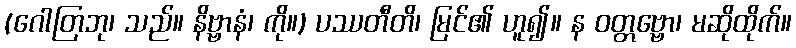
(ဂေါတြဘု၊ သည်။ နိဗ္ဗာနံ၊ ကို။) ပဿတီတိ၊ မြင်၏ ဟူ၍။ န ဝတ္တဗ္ဗော၊ မဆိုထိုက်။